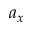
a _ { x }